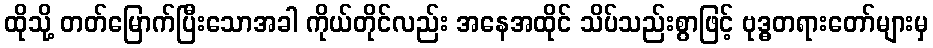
ထိုသို့ တတ်မြောက်ပြီးသောအခါ ကိုယ်တိုင်လည်း အနေအထိုင် သိပ်သည်းစွာဖြင့် ဗုဒ္ဓတရားတော်များမှ